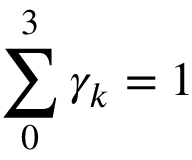
\sum _ { 0 } ^ { 3 } { { { \gamma } _ { k } } } = 1